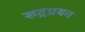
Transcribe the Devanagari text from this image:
रुद्रप्रयग